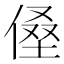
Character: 𰂡